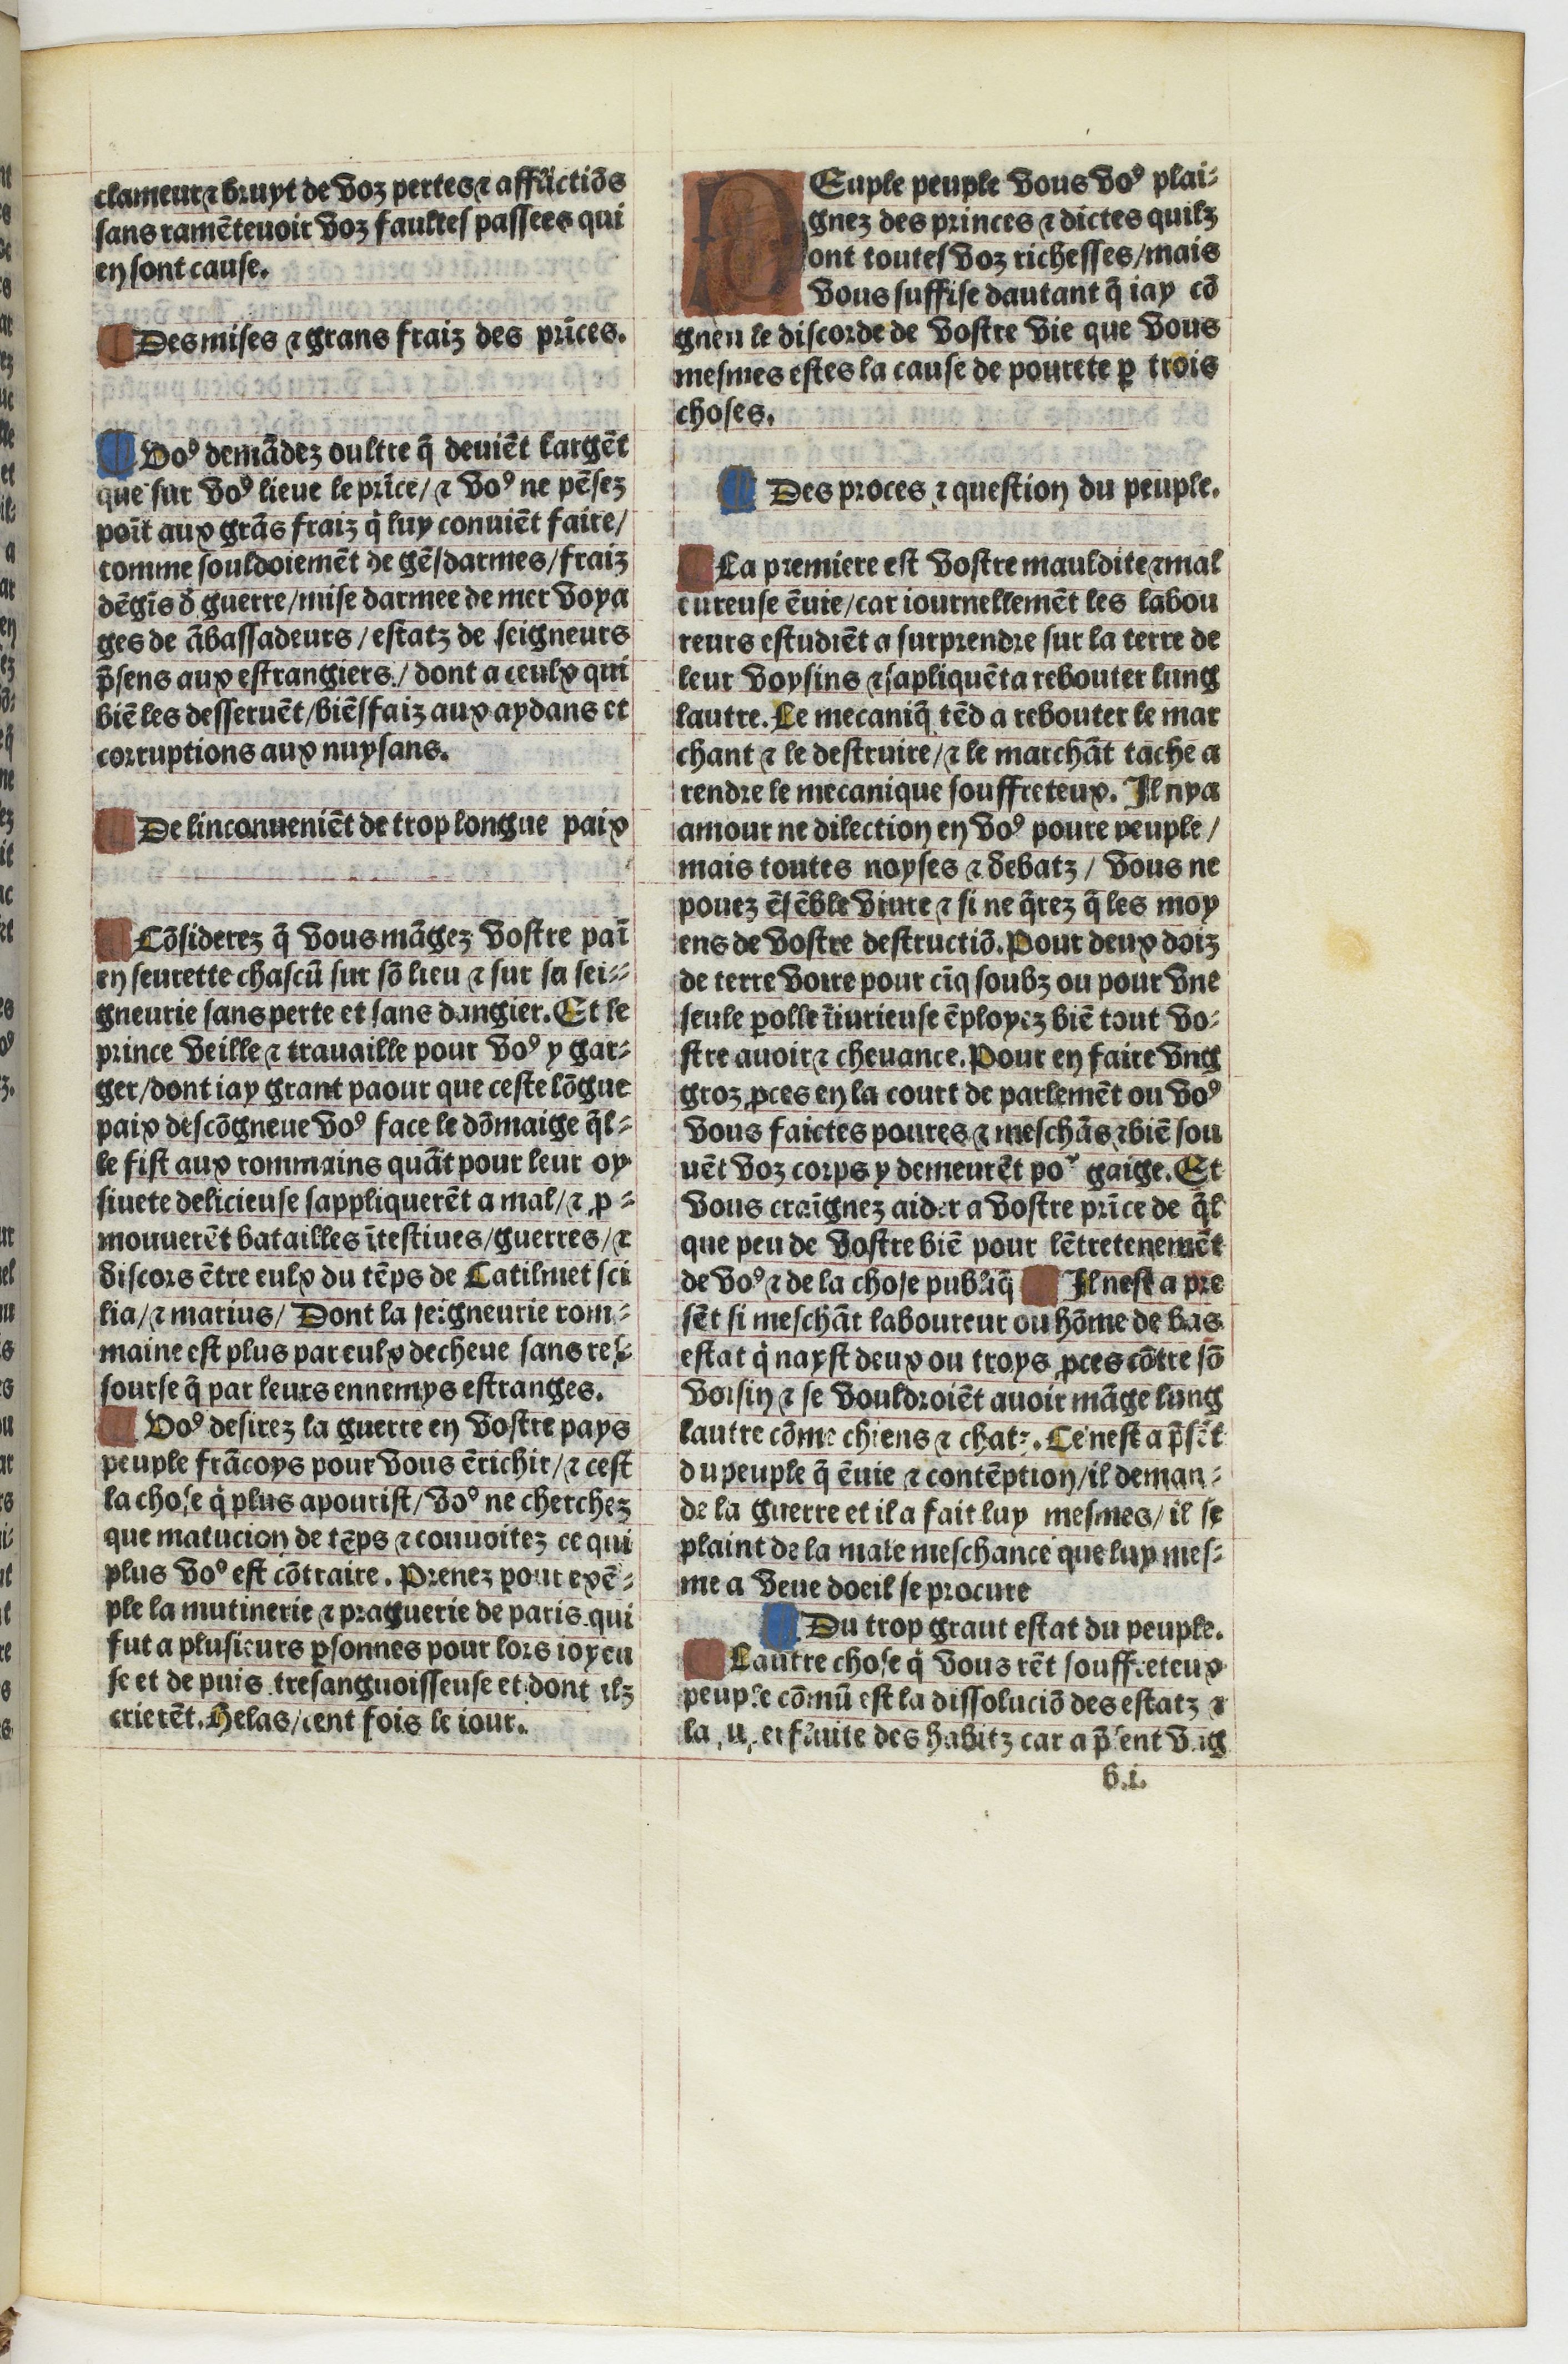
Shelfmark: Paris, BnF, Velins 1103
Century: 16